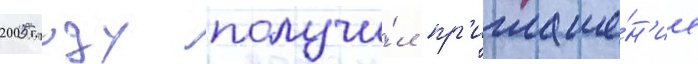
2005 году получи́л пр'иглаше́н'ие